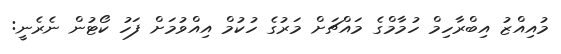
މުއިއްޒު އިބްރާހިމް ހުމާމްގެ މައްޗަށް މަރުގެ ހުކުމް އިއްވުމަށް ފަހު ކޯޓުން ނެރެނީ: